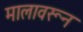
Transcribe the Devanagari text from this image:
मालावरून